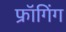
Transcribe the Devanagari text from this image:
फ्रॉगिंग